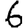
Digit: 6